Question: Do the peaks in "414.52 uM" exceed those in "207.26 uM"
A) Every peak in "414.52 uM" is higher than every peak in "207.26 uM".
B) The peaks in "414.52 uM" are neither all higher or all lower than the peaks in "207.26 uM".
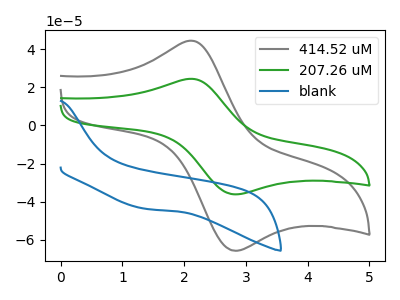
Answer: <think>The gray curve "414.52 uM" has an anodic peak at (2.15V, 44.30uA) and a cathodic peak at (2.80V, -65.70uA). The green curve "207.26 uM" has an anodic peak at (2.15V, 24.35uA) and a cathodic peak at (2.80V, -36.10uA). The blue curve "blank" has no peaks.</think>
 <answer>A) Every peak in "414.52 uM" is higher than every peak in "207.26 uM".</answer>
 <eval>A</eval>